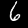
Digit: 6